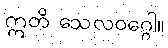
ဣတိ သေလဝဂ္ဂေါ။